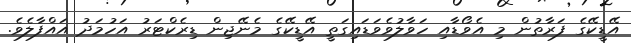
އޭޑީކޭގެ ފަރާތުން މި އެވޯޑާއި ހަވާލުވެވަޑައިގަތީ އޭޑީކޭގެ މެނޭޖިން ޑިރެކްޓަރު އަހުމަދު އައްފާލެވެ.